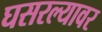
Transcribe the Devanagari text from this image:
घसरल्यावर